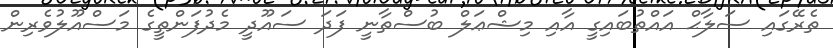
ތެރޭގައި ސަލާޙް އައްތުބައިގީ އާއި މިޝްޢަލް ބުސްތާނީ ފަދަ ސައޫދީ މެދުފަންތީގެ މަސްއޫލުވެރިން